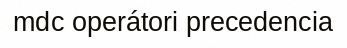
mdc operátori precedencia